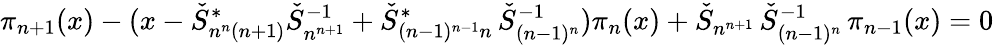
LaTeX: \pi_{n+1}(x)-(x-\check{S}_{n^{n}(n+1)}^{*}\check{S}_{n^{n+1}}^{-1}+\check{S}_{(n-1)^{n-1}n}^{*}\, \check{S}_{(n-1)^{n}}^{-1})\pi_{n}(x)+\check{S}_{n^{n+1}}\, \check{S}_{(n-1)^{n}}^{-1}\, \pi_{n-1}(x)=0